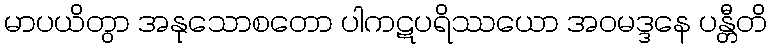
မာပယိတွာ အနုသောစတော ပါကဋပရိဿယော အဝမဒ္ဒနေ ပန္တီတိ